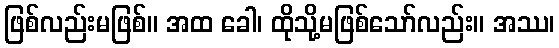
ဖြစ်လည်းမဖြစ်။ အထ ခေါ၊ ထိုသို့မဖြစ်သော်လည်း။ အဿ၊